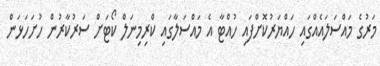
މަރުގެ މައްސަލައެއްގައި ހައްޔަރުކޮށްފައި ހުއްޓާ އެ މައްސަލާގައި ކްރިމިނަލް ކޯޓަށް ސަރުކާރުން ހުށަހަޅަން